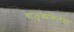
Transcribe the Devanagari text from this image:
चालुक्यकलेचा